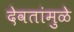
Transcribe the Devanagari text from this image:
देवतांमुळे